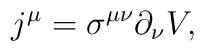
j^{\mu}= \sigma^{\mu \nu}\partial_{\nu}V ,